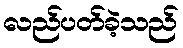
လည်ပတ်ခဲ့သည်